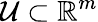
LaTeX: \mathcal{U}\subset\mathbb{{R}}^{m}